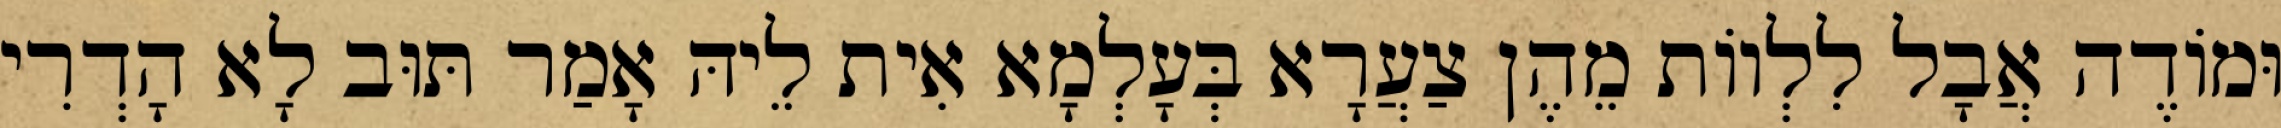
וּמוֹדֶה אֲבָל לִלְווֹת מֵהֶן צַעֲרָא בְּעָלְמָא אִית לֵיהּ אָמַר תּוּב לָא הָדְרִי